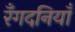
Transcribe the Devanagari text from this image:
रँगदनियाँ